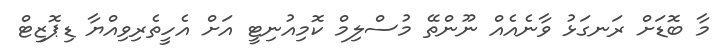
މާ ބޮޑަށް ރަނގަޅު ވާނެއެއް ނޫންތޭ މުސްލިމް ކޮމިއުނިޓީ އަށް އެހީތެރިވިއްޔާ ޑިޕޮޒިޓް